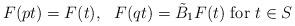
LaTeX: \begin{align*}F(pt)=F(t),\ \ F(qt)=\tilde B_1F(t)\mbox{ for }t\in S\end{align*}